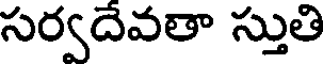
సర్వదేవతా స్తుతి